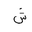
Letter: _shin